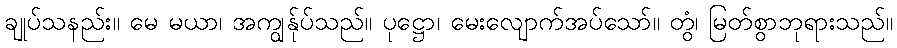
ချုပ်သနည်း။ မေ မယာ၊ အကျွန်ုပ်သည်။ ပုဋ္ဌော၊ မေးလျောက်အပ်သော်။ တွံ၊ မြတ်စွာဘုရားသည်။